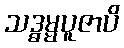
သဒ္ဓမ္မပူဇာပိ